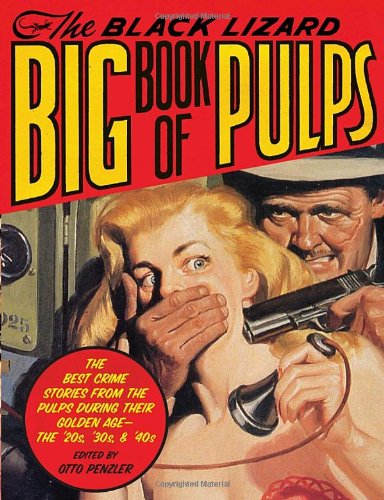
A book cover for The Black Lizard Big Book of Pulps; Mystery, Thriller & Suspense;